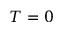
T = 0